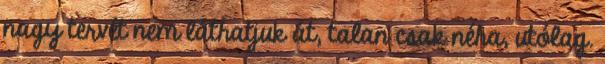
nagy tervét nem láthatjuk át, talan csak néha, utólag.